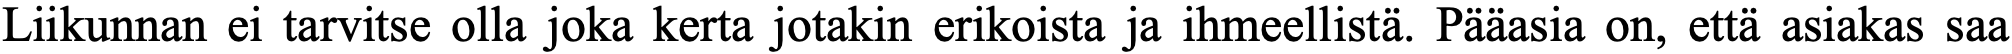
Liikunnan ei tarvitse olla joka kerta jotakin erikoista ja ihmeellistä. Pääasia on, että asiakas saa